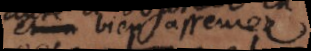
et bien asseurez